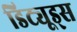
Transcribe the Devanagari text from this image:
डिट्यूड्स